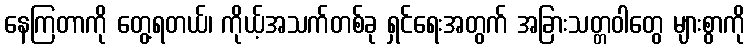
နေကြတာကို တွေ့ရတယ်၊ ကိုယ့်အသက်တစ်ခု ရှင်ရေးအတွက် အခြားသတ္တဝါတွေ များစွာကို